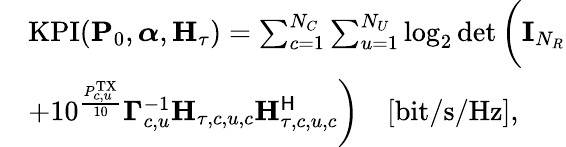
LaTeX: \begin{array}{rl}&{\mathrm{KPI}(\mathbf{P}_{0},\boldsymbol{\alpha},\mathbf{H}_{\tau})=\sum_{c=1}^{N_{C}}\sum_{u=1}^{N_{U}}\log_{2}\operatorname*{det}\bigg(\mathbf{I}_{N_{R}}}\\ &{+10^{\frac{P_{c,u}^{\mathrm{TX}}}{10}}\boldsymbol{\Gamma}_{c,u}^{-1}\mathbf{H}_{\tau,c,u,c}\mathbf{H}_{\tau,c,u,c}^{\sf H}\bigg)\quad[\mathrm{bit/s/Hz}],}\end{array}